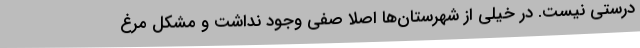
درستی نیست. در خیلی از شهرستان‌ها اصلاً صفی وجود نداشت و مشکل مرغ